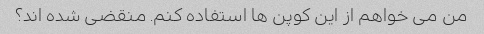
من می خواهم از این کوپن ها استفاده کنم. منقضی شده اند؟